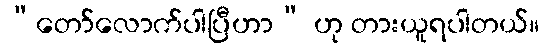
“တော်လောက်ပါပြီဟာ” ဟု တားယူရပါတယ်။